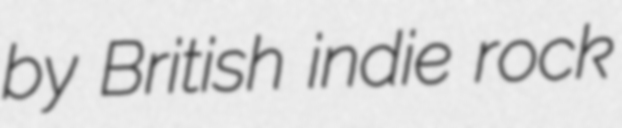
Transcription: by British indie rock